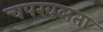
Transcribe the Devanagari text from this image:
चपखलता